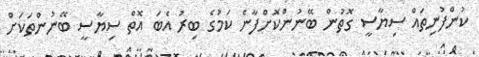
ކުންފުނިތައް ސިޔާސީ ގޮތުން ބޭނުންކޮށްފާނެ ކަމުގެ ބިރު އެބަ އޮތް ސިޔާސީ ބޭނުންތަކަށް